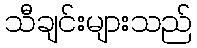
သီချင်းများသည်